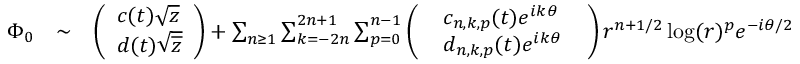
\begin{array} { r l r } { \Phi _ { 0 } } & { \sim } & { \left( \begin{array} { l } { c ( t ) \sqrt { z } } \\ { d ( t ) \sqrt { \overline { z } } } \end{array} \right) + \sum _ { n \geq 1 } \sum _ { k = - 2 n } ^ { 2 n + 1 } \sum _ { p = 0 } ^ { n - 1 } \left( \begin{array} { l } { \ \ c _ { n , k , p } ( t ) e ^ { i k \theta } \ \ } \\ { \ \ d _ { n , k , p } ( t ) e ^ { i k \theta } \ \ } \end{array} \right) r ^ { n + 1 / 2 } \log ( r ) ^ { p } e ^ { - i \theta / 2 } } \end{array}